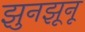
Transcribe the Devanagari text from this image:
झुनझूनू